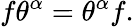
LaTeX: f\theta^{\alpha}=\theta^{\alpha}f.